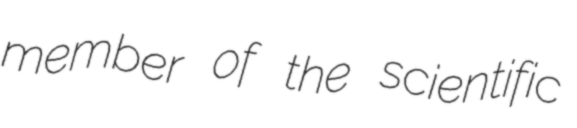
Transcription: member of the scientific